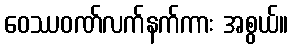
ဝေဿဝဏ်လက်နက်ကား အစွယ်။